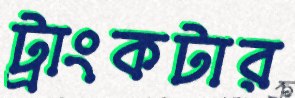
ট্রাংকটার